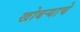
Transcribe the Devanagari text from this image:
खोबर्‍याचे